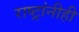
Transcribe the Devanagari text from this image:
राष्ट्रांनीही